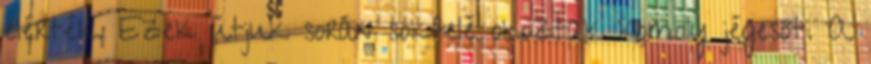
elérték. Ezek útjuk során sokfelé okoztak komoly jégesőt. A